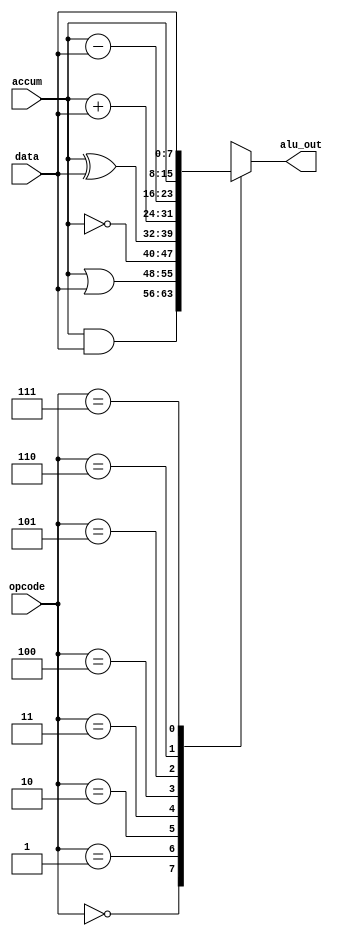
`timescale 1ns / 1ps
//////////////////////////////////////////////////////////////////////////////////
// Company: 
// Engineer: 
// 
// Design Name: 
// Module Name: alu
// Project Name: 
// Target Devices: 
// Tool Versions: 
// Description: 
// 
// Dependencies: 
// 
// Revision:
// Revision 0.01 - File Created
// Additional Comments:
// 
//////////////////////////////////////////////////////////////////////////////////

`define AND 3'b000
`define OR  3'b001
`define NOT 3'b010
`define XOR 3'b011
`define ADD 3'b100
`define SUB 3'b101
`define ACC 3'b110
`define DAT 3'b111

module alu(alu_out, accum, data, opcode);
    input[7:0] accum, data;
    input[2:0] opcode;
    output reg[7:0] alu_out;

    always @(accum or data or opcode) begin
        case (opcode)
            `AND :alu_out <= accum & data;
            `OR  :alu_out <= accum | data;
            `NOT :alu_out <= ~accum;
            `XOR :alu_out <= accum ^ data;
            `ADD :alu_out <= accum + data;
            `SUB :alu_out <= accum - data;
            `ACC :alu_out <= accum;
            `DAT :alu_out <= data;
            default: alu_out <= 8'bxxxxxxxx;
        endcase
    end
endmodule